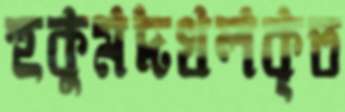
হুকুমদখলকৃত